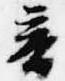
音